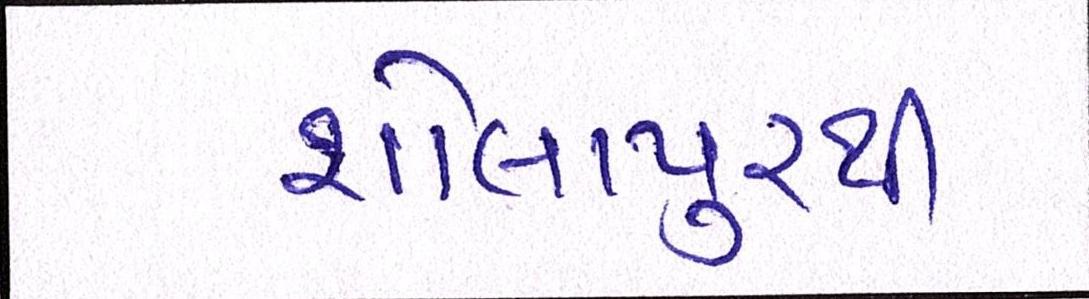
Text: શોલાપુરથી